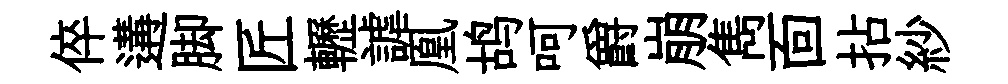
倅遘脚匠轣謔凰鸪呵爵崩雋靣拈紗